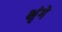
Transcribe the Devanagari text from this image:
भृंगे